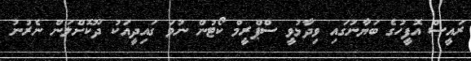
ރައީސް އޮފީހުގެ ބަޔާނުގައި ވިދާޅުވީ ސްޕްރީމް ކޯޓުން ނުވަ ގައިދީއަކު ދޫކޮށްލަން ނެރުނު